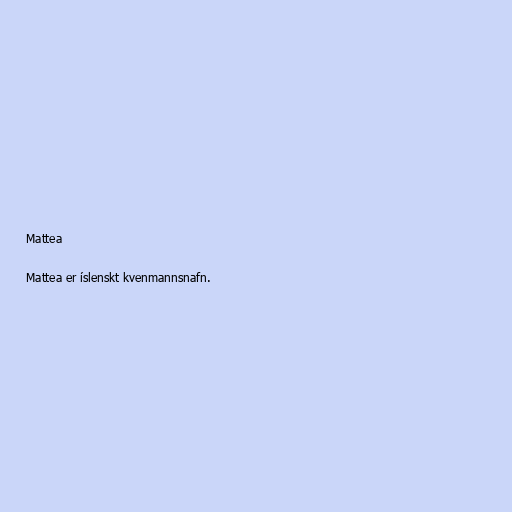
Mattea

Mattea er íslenskt kvenmannsnafn.